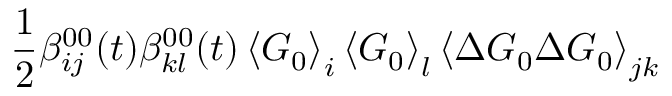
\frac { 1 } { 2 } \beta _ { i j } ^ { 0 0 } ( t ) \beta _ { k l } ^ { 0 0 } ( t ) \left\langle \boldsymbol { G } _ { 0 } \right\rangle _ { i } \left\langle \boldsymbol { G } _ { 0 } \right\rangle _ { l } \left\langle \Delta \boldsymbol { G } _ { 0 } \Delta \boldsymbol { G } _ { 0 } \right\rangle _ { j k }